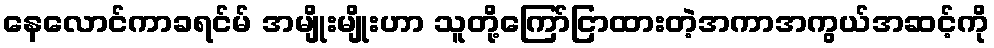
နေလောင်ကာခရင်မ် အမျိုးမျိုးဟာ သူတို့ကြော်ငြာထားတဲ့အကာအကွယ်အဆင့်ကို